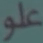
علو